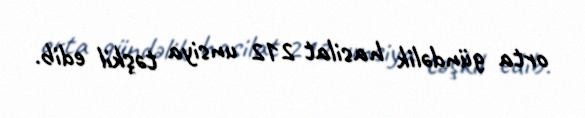
orta gündəlik hasilat 212 unsiya təşkil edib.